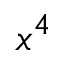
x ^ { 4 }